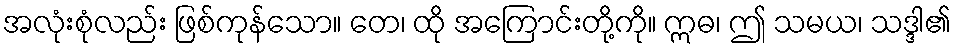
အလုံးစုံလည်း ဖြစ်ကုန်သော။ တေ၊ ထို အကြောင်းတို့ကို။ ဣဓ၊ ဤ သမယ၊ သဒ္ဒါ၏